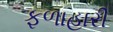
ફળાહારી